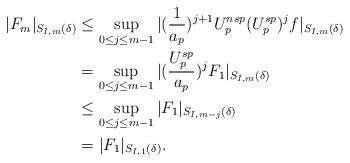
LaTeX: \begin{align*}|F_m|_{S_{I,m}(\delta)}&\leq \sup_{0\leq j\leq m-1} |(\frac1{a_p})^{j+1} U_p^{nsp} (U_p^{sp})^jf|_{S_{I,m}(\delta)} \\&= \sup_{0\leq j\leq m-1} |(\frac{U_p^{sp}}{a_p})^j F_1|_{S_{I,m}(\delta)}\\&\leq \sup_{0\leq j\leq m-1} |F_1|_{S_{I,m-j}(\delta)} \\&= |F_1|_{S_{I,1}(\delta)}.\end{align*}